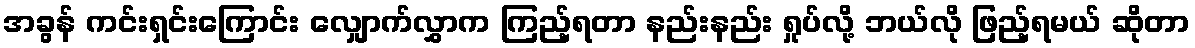
အခွန် ကင်းရှင်းကြောင်း လျှောက်လွှာက ကြည့်ရတာ နည်းနည်း ရှုပ်လို့ ဘယ်လို ဖြည့်ရမယ် ဆိုတာ